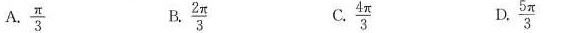
A.\frac{π}{3} B.\frac{2π}{3} C.\frac{4π}{3} D.\frac{5π}{3}